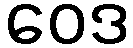
ဝေဒ